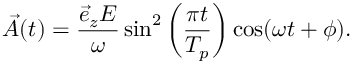
\vec { A } ( t ) = \frac { \vec { e } _ { z } E } { \omega } \sin ^ { 2 } \left( \frac { \pi t } { T _ { p } } \right) \cos ( \omega t + \phi ) .